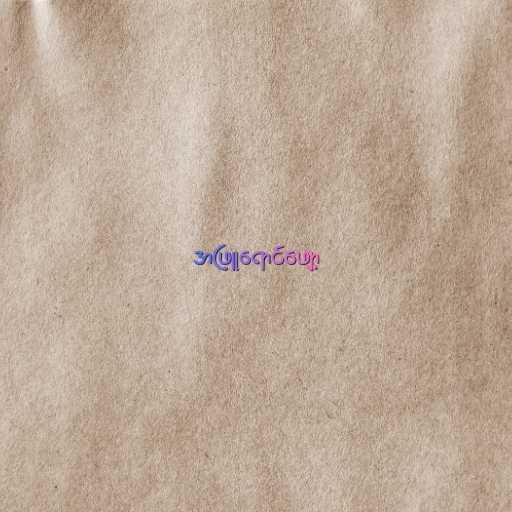
အဖြူရောင်ဖျော့